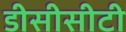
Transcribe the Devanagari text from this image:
डीसीसीटी